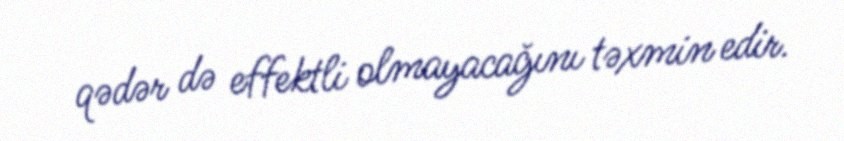
qədər də effektli olmayacağını təxmin edir.